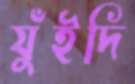
যুঁইদি